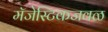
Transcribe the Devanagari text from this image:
मॅजेस्टिकजवळ